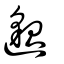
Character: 𨘷